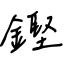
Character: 鏗